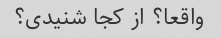
واقعا؟ از کجا شنیدی؟